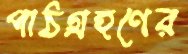
পাঠগ্রহণের